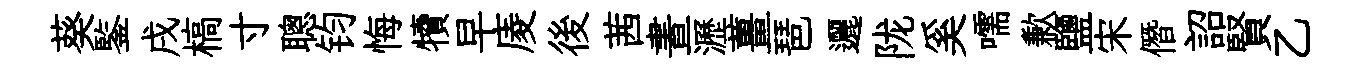
葵鍳戌槁寸聰钧悔犢早庱後茜晝瀝薑琶邐陇奚嚅歉鹽宋僭詔賢乙